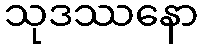
သုဒဿနော